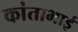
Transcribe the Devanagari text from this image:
कांताभाई